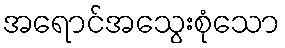
အရောင်အသွေးစုံသော